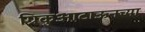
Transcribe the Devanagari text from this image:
ग्रिकुआटाऊनच्या